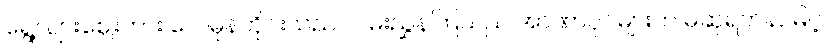
ရွေ့လျားဈေးကား လေမုန်တိုင်းသည် လမ်းညွှန်ကြသည် အာဏာပိုင်များက မဆုရတနာမြင့်